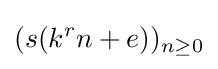
(s(k^{r}n+e))_{n\geq 0}